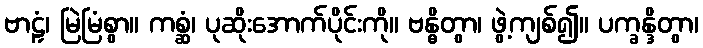
ဗာဠှံ၊ မြဲမြံစွာ။ ကစ္ဆံ၊ ပုဆိုးအောက်ပိုင်းကို။ ဗန္ဓိတွာ၊ ဖွဲ့ကျစ်၍။ ပက္ခန္ဒိတွာ၊